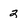
Character: 2